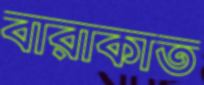
বারাকাত